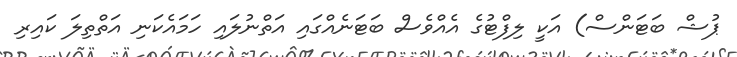
ޕުޝް ބަޓަންސް) އަކީ ލިފްޓުގެ އެއްވެސް ބަޓަނެއްްގައި އަތްނުލައި ހަމައެކަނި އަތްތިލަ ކައިރި